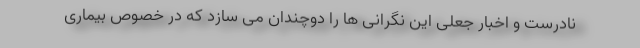
نادرست و اخبار جعلی این نگرانی ها را دوچندان می سازد که در خصوص بیماری